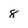
Character: 8